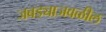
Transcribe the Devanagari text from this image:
जबड्याजवळील